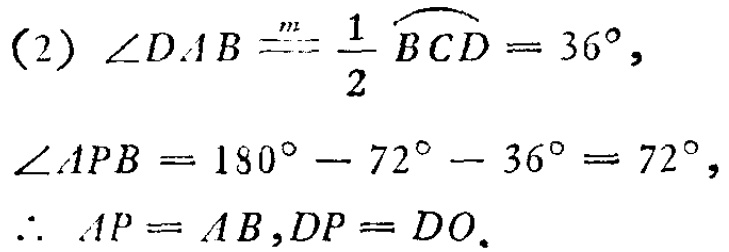
(2) \(\angle DAB\stackrel{m}{==} \frac{1}{2}\overset{\frown}{BCD}=36^{\circ}\),
\(\angle APB = 180^{\circ}-72^{\circ}-36^{\circ}=72^{\circ}\),
\(\therefore AP = AB,DP = DO\).